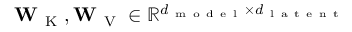
\mathbf { W } _ { \mathrm { ~ K ~ } } , \mathbf { W } _ { \mathrm { ~ V ~ } } \in \mathbb { R } ^ { d _ { \mathrm { ~ m ~ o ~ d ~ e ~ l ~ } } \times d _ { \mathrm { ~ l ~ a ~ t ~ e ~ n ~ t ~ } } }